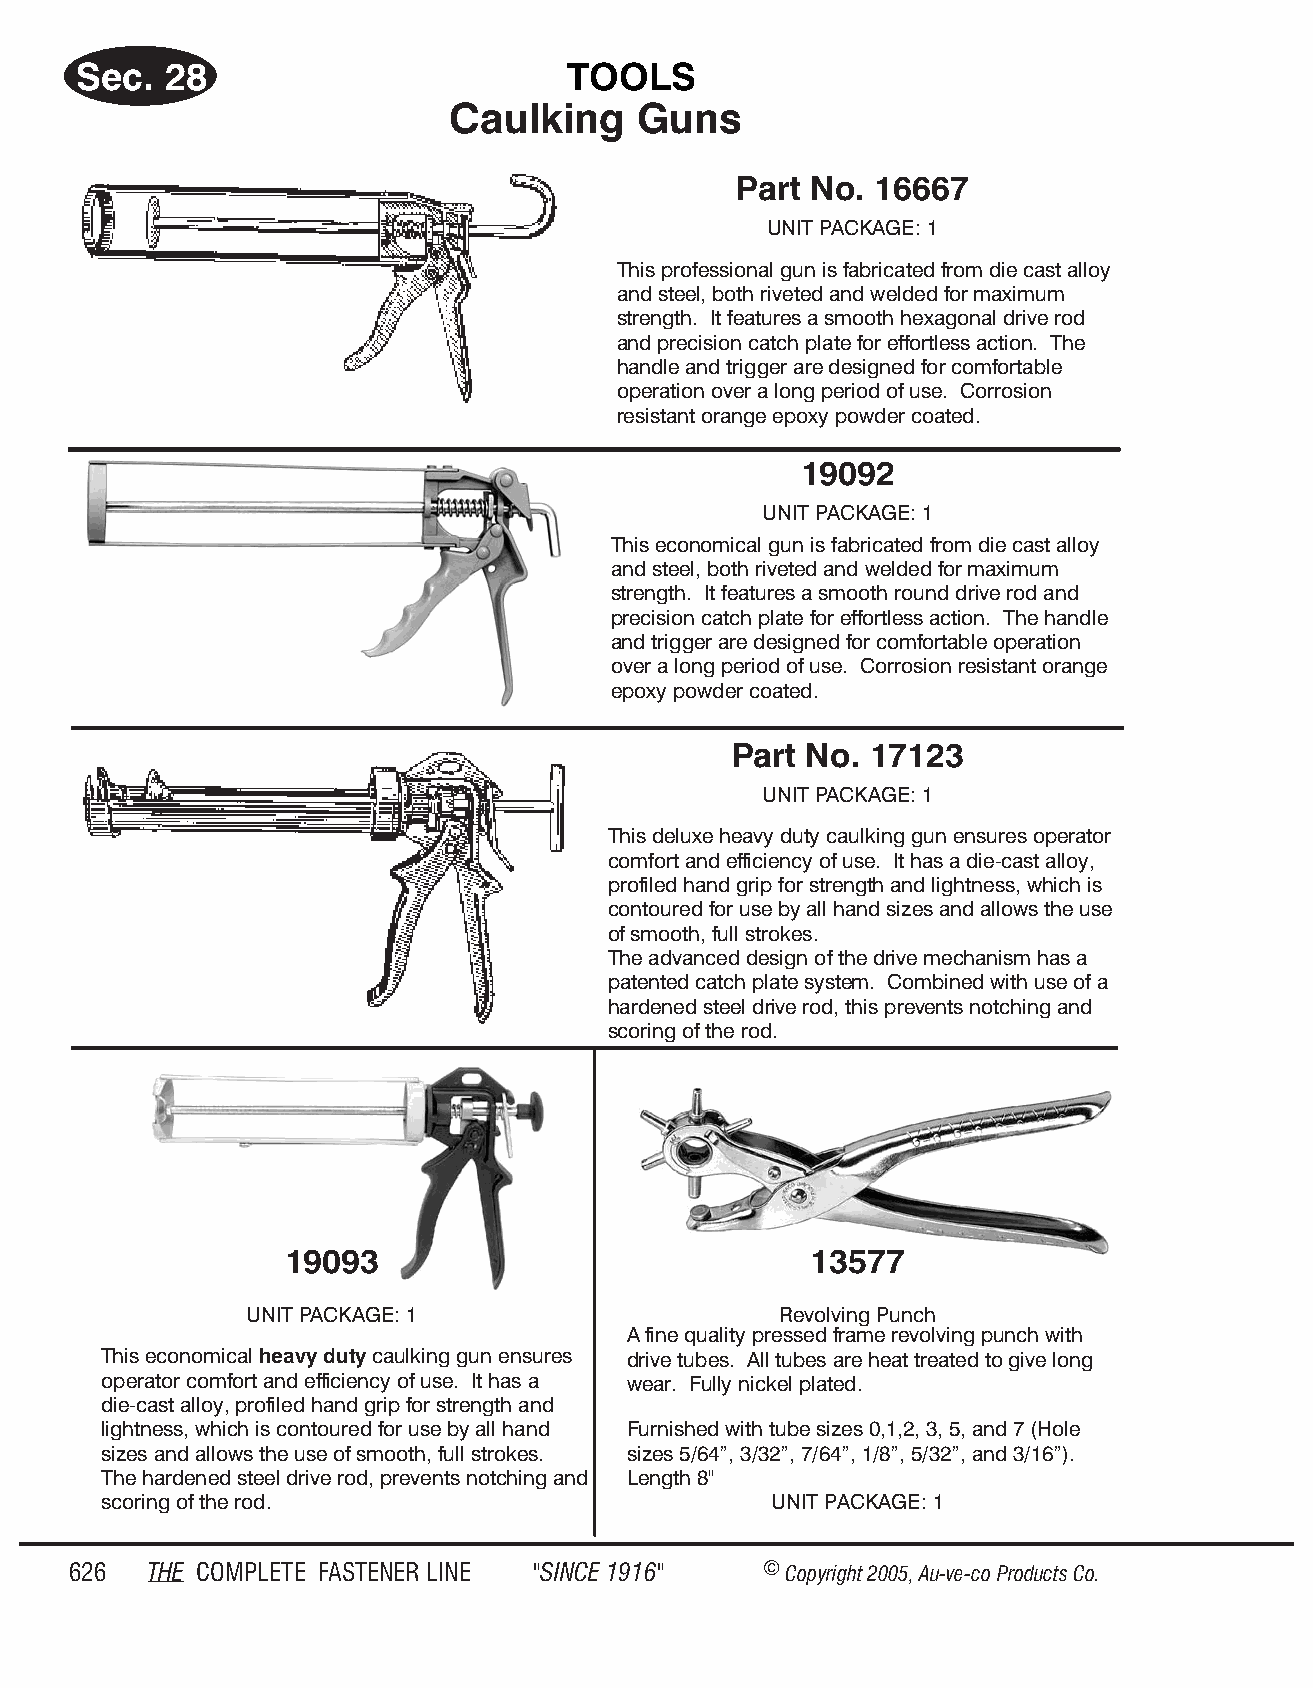
Sec.  28                         TOOLS
 Caulking    Guns
 Part No. 16667
 UNIT PACK AGE: 1
 This professional gun is fabricated from die cast alloy
 and steel, both riveted and welded for maximum
 strength. It features a smooth hexagonal drive rod
 and precision catch plate for effortless action. The
 handle and trigger are designed for comfortable
 operation over a long period of use. Corrosion
 resistant orange epoxy powder coated.
 19092
 UNIT PACK AGE: 1
 This economical gun is fabricated from die cast alloy
 and steel, both riveted and welded for maximum
 strength. It features a smooth round drive rod and
 precision catch plate for effortless action. The handle
 and trigger are designed for comfortable operation
 over a long period of use. Corrosion resistant orange
 epoxy powder coated.
 Part No. 17123
 UNIT PACK AGE: 1
 This deluxe heavy duty caulking gun ensures operator
 comfort and efficiency of use. It has a die-cast alloy,
 profiled hand grip for strength and lightness, which is
 contoured for use by all hand sizes and allows the use
 of smooth, full strokes.
 The advanced design of the drive mechanism has a
 patented catch plate system. Combined with use of a
 hardened steel drive rod, this prevents notching and
 scoring of the rod.
 19093                              13577
 UNIT PACK AGE: 1                   Re volv ing Punch
 A fine quality pressed frame revolving punch with
 This economical heavy duty caulking gun ensures drive tubes. All tubes are heat treated to give long
 operator comfort and efficiency of use. It has a wear. Fully nickel plated.
 die-cast alloy, profiled hand grip for strength and
 lightness, which is contoured for use by all hand Furnished with tube sizes 0,1,2, 3, 5, and 7 (Hole
 sizes and allows the use of smooth, full strokes. sizes 5/64”, 3/32”, 7/64”, 1/8”, 5/32”, and 3/16”).
 The hardened steel drive rod, prevents notching and Length 8"
 scoring of the rod.                         UNIT PACKAGE: 1
 626  THE COM PLETE FAST ENER LINE "SINCE 1916" © Copyr ight 2005, Au-ve-co Produ cts Co.